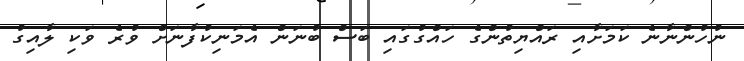
ނުހުންނާނެ ކަމަށާއި ރައްޔިތުންގެ ހައްގުގައި ބަސް ބުނަން އެމަނިކުފާނަށް ވުރެ ވަކި ލާއިގު